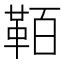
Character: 𩊘